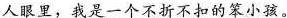
人眼里，我是一个不折不扣的笨小孩。